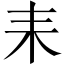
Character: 耒